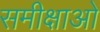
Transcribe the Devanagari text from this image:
समीक्षाओ